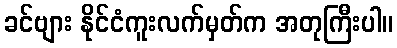
ခင်ဗျား နိုင်ငံကူးလက်မှတ်က အတုကြီးပါ။